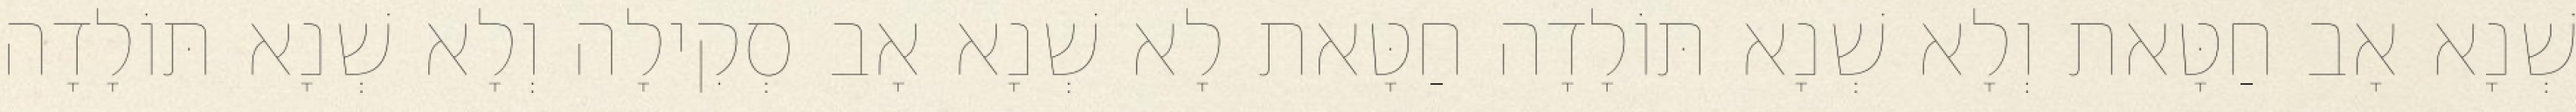
שְׁנָא אָב חַטָּאת וְלָא שְׁנָא תּוֹלָדָה חַטָּאת לָא שְׁנָא אָב סְקִילָה וְלָא שְׁנָא תּוֹלָדָה